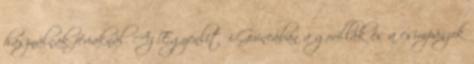
használnak fériaknál. Az Egyenlítői-Guineában a gorillák és a csimpánzok